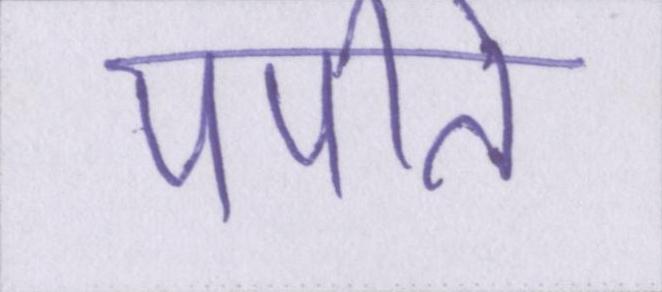
पपीते